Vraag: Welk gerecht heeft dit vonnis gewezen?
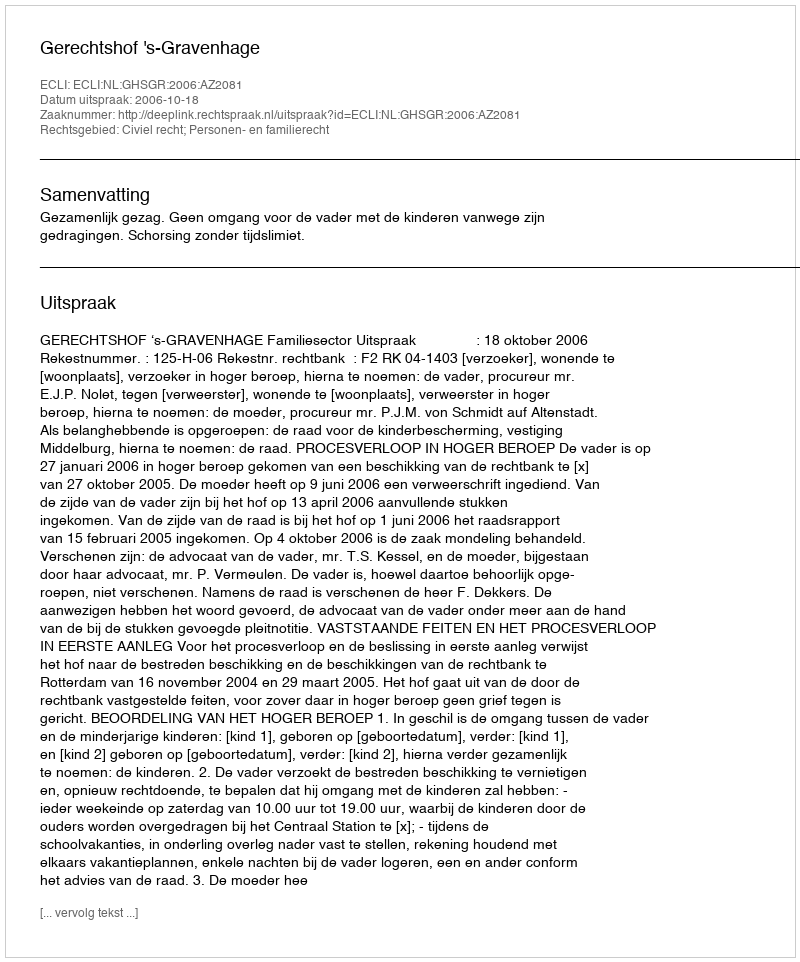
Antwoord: Gerechtshof 's-Gravenhage